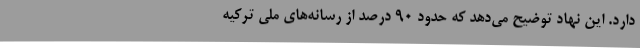
دارد. این نهاد توضیح می‌دهد که حدود 90 درصد از رسانه‌های ملی ترکیه